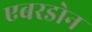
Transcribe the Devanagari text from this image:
एबरडोन